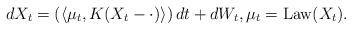
LaTeX: \begin{align*}d X_{t}=\left(\langle\mu_t, K( X_t- \cdot)\rangle\right) d t+d W_t, \mu_t=\operatorname{Law}(X_t).\end{align*}